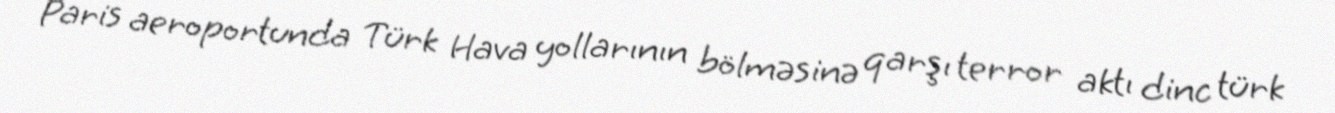
Paris aeroportunda Türk Hava yollarının bölməsinə qarşı terror aktı dinc türk